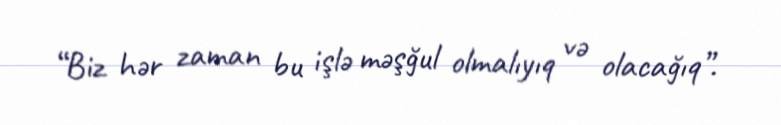
“Biz hər zaman bu işlə məşğul olmalıyıq və olacağıq”.